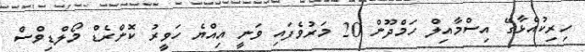
ހިރިކުއްޅާގޭ އިސްމާއިލް ހަމްދޫން 20 މަރުވެފައި ވަނީ އިއްޔެ ހަވީރު ކޮންރެޑް މޯލްޑިވްސް